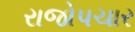
રાજોપચાર